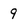
Character: 9